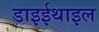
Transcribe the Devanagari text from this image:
डाइईथाइल